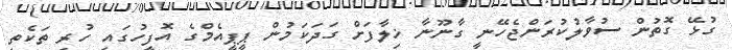
ގުޅޭ ގޮތުން ސުވާލުކުރަންޖެހޭނީ ގާނޫނާ ޚިލާފަށް ގަދަކަމުން ޕީޕީއެމްގެ އޮފީހުގައި ހުރި ތަކެތި